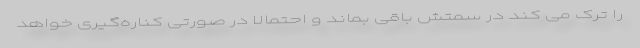
را ترک می کند در سمتش باقی بماند و احتمالا در صورتی کناره‌گیری خواهد